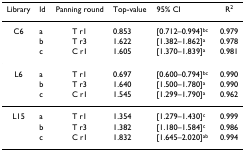
<table><thead><tr><td><b>Library</b></td><td><b>Id</b></td><td><b>Panning round</b></td><td><b>Top-value</b></td><td><b>95% CI</b></td><td><b>R<sup>2</sup></b></td></tr></thead><tbody><tr><td>C6</td><td>a</td><td>T r1</td><td>0.853</td><td>[0.712–0.994]<sup>bc</sup></td><td>0.979</td></tr><tr><td></td><td>b</td><td>T r3</td><td>1.622</td><td>[1.382–1.862]<sup>a</sup></td><td>0.978</td></tr><tr><td></td><td>c</td><td>C r1</td><td>1.605</td><td>[1.370–1.839]<sup>a</sup></td><td>0.981</td></tr><tr><td>L6</td><td>a</td><td>T r1</td><td>0.697</td><td>[0.600–0.794]<sup>bc</sup></td><td>0.990</td></tr><tr><td></td><td>b</td><td>T r3</td><td>1.640</td><td>[1.500–1.780]<sup>a</sup></td><td>0.990</td></tr><tr><td></td><td>c</td><td>C r1</td><td>1.545</td><td>[1.299–1.790]<sup>a</sup></td><td>0.962</td></tr><tr><td>L15</td><td>a</td><td>T r1</td><td>1.354</td><td>[1.279–1.430]<sup>c</sup></td><td>0.999</td></tr><tr><td></td><td>b</td><td>T r3</td><td>1.382</td><td>[1.180–1.584]<sup>c</sup></td><td>0.986</td></tr><tr><td></td><td>c</td><td>C r1</td><td>1.832</td><td>[1.645–2.020]<sup>ab</sup></td><td>0.994</td></tr></tbody></table>